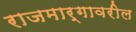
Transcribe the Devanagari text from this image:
राजमार्गावरील